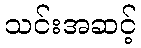
သင်းအဆင့်